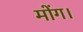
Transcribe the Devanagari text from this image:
मोंग।